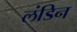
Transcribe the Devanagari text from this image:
लंडिन